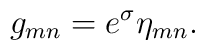
g_{mn} = e^\sigma \eta_{mn}.